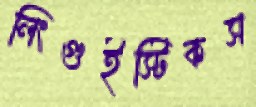
লিংগুইস্টিকস